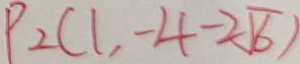
P _ { 2 } ( 1 , - 4 - 2 \sqrt { 6 } )